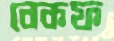
বেকফ